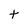
Character: t